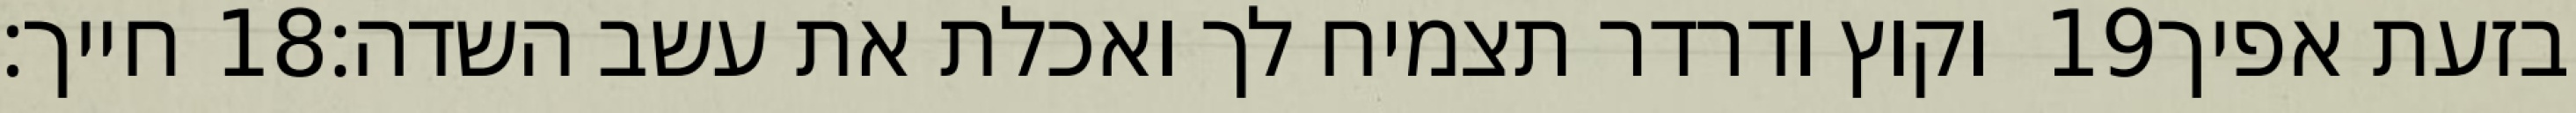
חייך׃ ‎18‏ וקוץ ודרדר תצמיח לך ואכלת את עשב השדה׃ ‎19‏ בזעת אפיך